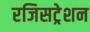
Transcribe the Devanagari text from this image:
रजिसट्रेशन